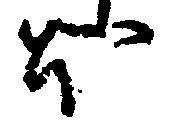
ほ